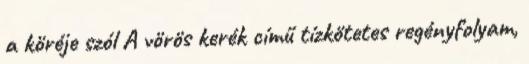
a köréje szól A vörös kerék című tízkötetes regényfolyam,